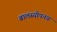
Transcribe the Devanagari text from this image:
बालस्योपनयं